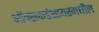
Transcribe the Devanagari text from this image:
ऑक्सफर्डशायरमधील